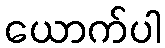
ယောက်ပါ